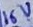
Text: 16V